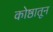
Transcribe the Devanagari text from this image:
कोष्ठातून